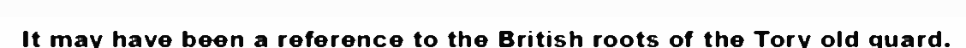
It may have been a reference to the British roots of the Tory old guard.